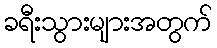
ခရီးသွားများအတွက်